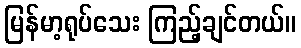
မြန်မာ့ရုပ်သေး ကြည့်ချင်တယ်။